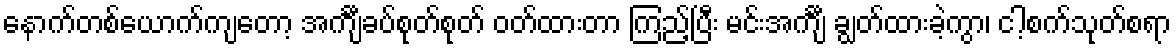
နောက်တစ်ယောက်ကျတော့ အင်္ကျီခပ်စုတ်စုတ် ဝတ်ထားတာ ကြည့်ပြီး မင်းအင်္ကျီ ချွတ်ထားခဲ့ကွာ၊ ငါ့စက်သုတ်စရာ